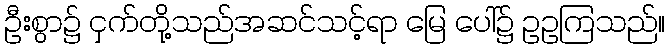
ဦးစွာ၌ ငှက်တို့သည်အဆင်သင့်ရာ မြေ ပေါ်၌ ဥဥကြသည်။